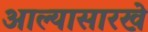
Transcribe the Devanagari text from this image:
आल्‍यासारखे